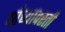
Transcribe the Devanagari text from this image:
यांच्यावरती